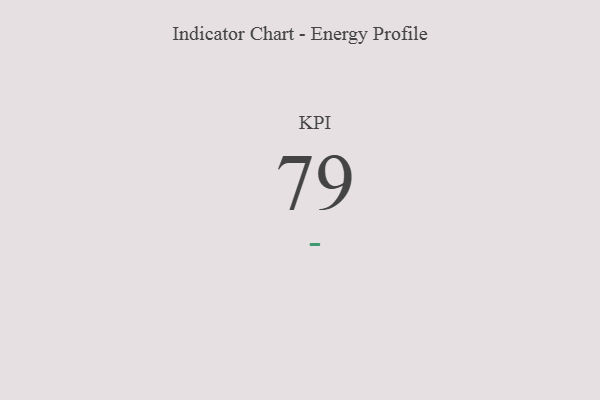
{"axis": {"x": "KPI", "y": "Value"}, "legend": [""], "data": [{"x": "KPI", "y": 79, "type": ""}]}